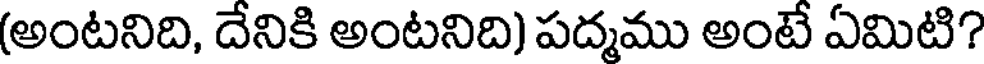
(అంటనిది, దేనికి అంటనిది) పద్మము అంటే ఏమిటి?